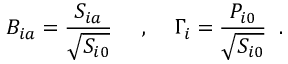
B _ { i a } = \frac { S _ { i a } } { \sqrt { S _ { i 0 } } } \; \; \; \; \; , \; \; \; \; \Gamma _ { i } = \frac { P _ { i 0 } } { \sqrt { S _ { i 0 } } } \; \; .